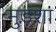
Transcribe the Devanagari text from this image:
मुडंशा